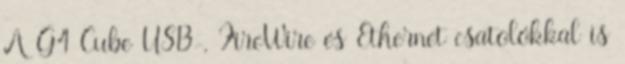
A G4 Cube USB-, FireWire és Ethernet csatolókkal is